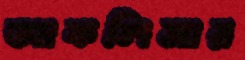
আকলিমার